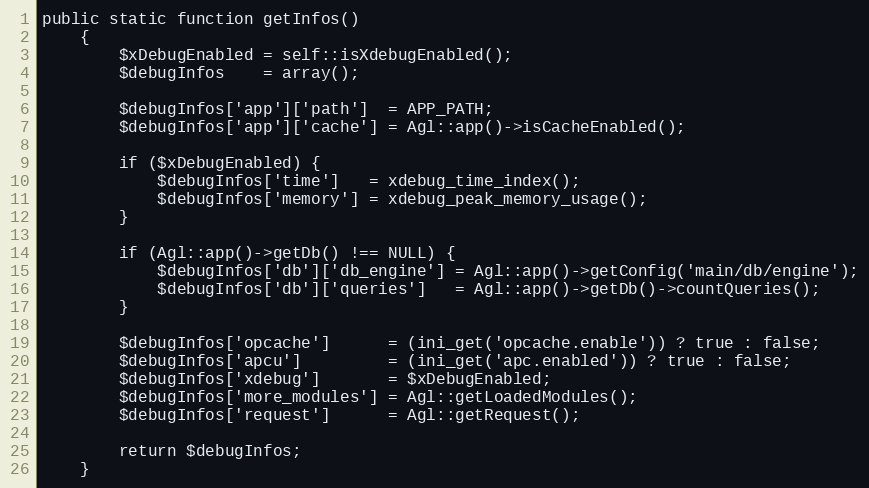
Language: PHP
public static function getInfos()
    {
        $xDebugEnabled = self::isXdebugEnabled();
        $debugInfos    = array();

        $debugInfos['app']['path']  = APP_PATH;
        $debugInfos['app']['cache'] = Agl::app()->isCacheEnabled();

        if ($xDebugEnabled) {
            $debugInfos['time']   = xdebug_time_index();
            $debugInfos['memory'] = xdebug_peak_memory_usage();
        }

        if (Agl::app()->getDb() !== NULL) {
            $debugInfos['db']['db_engine'] = Agl::app()->getConfig('main/db/engine');
            $debugInfos['db']['queries']   = Agl::app()->getDb()->countQueries();
        }

        $debugInfos['opcache']      = (ini_get('opcache.enable')) ? true : false;
        $debugInfos['apcu']         = (ini_get('apc.enabled')) ? true : false;
        $debugInfos['xdebug']       = $xDebugEnabled;
        $debugInfos['more_modules'] = Agl::getLoadedModules();
        $debugInfos['request']      = Agl::getRequest();

        return $debugInfos;
    }